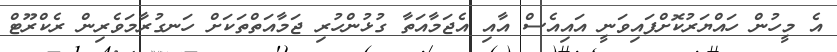
އެ މީހުން ހައްޔަރުކޮށްފައިވަނީ އައިއެސް އާއި އެޖަމާއަތާ ގުޅުންހުރި ޖަމާއަތްތަކަށް ހަނގުރާމަވެރިން ރެކްރޫޓް